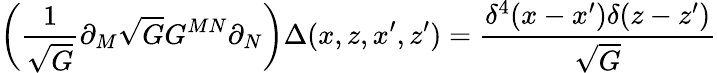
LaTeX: \left(\frac{1}{\sqrt{G}}\partial_{M}\sqrt{G}G^{MN}\partial_{N}\right)\Delta(x,z,x^{\prime},z^{\prime})=\frac{\delta^{4}(x-x^{\prime})\delta(z-z^{\prime})}{\sqrt{G}}